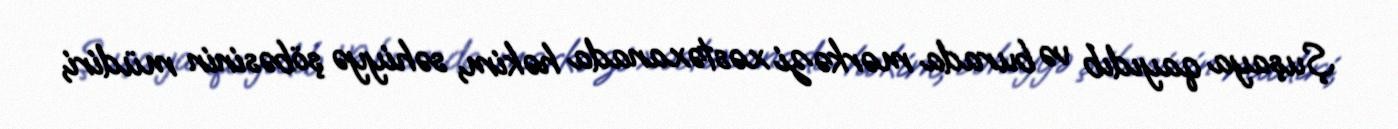
Şuşaya qayıdıb və burada mərkəzi xəstəxanada həkim, səhiyyə şöbəsinin müdiri,